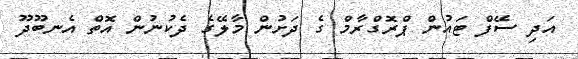
އަދި ސޭފް ޓައުން ޕްރޮގްރާމް ގެ ދަށުން މާލޭގެ ދެކުނުން އޮތް އެނބޫދޫ